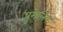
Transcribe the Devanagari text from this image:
पुमेलिंग